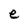
Character: e